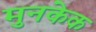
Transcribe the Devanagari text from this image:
मुनकेक